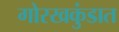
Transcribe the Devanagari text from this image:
गोरखकुंडात